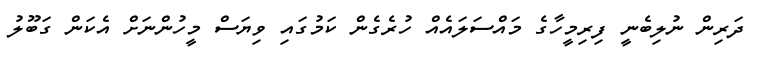
ދަރިން ނުލިބެނީ ފިރިމީހާގެ މައްސަލައެއް ހުރެގެން ކަމުގައި ވިޔަސް މީހުންނަށް އެކަން ގަބޫލު